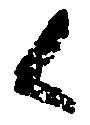
候